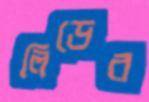
লিডের